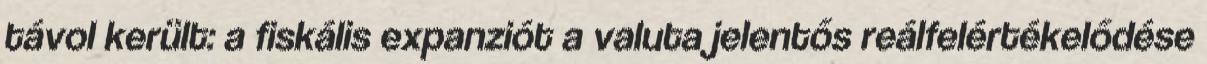
távol került: a fiskális expanziót a valuta jelentős reálfelértékelődése